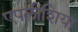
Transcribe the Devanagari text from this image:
एपलीशिया